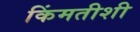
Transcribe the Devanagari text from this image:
किंमतीशी